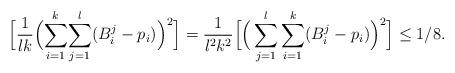
LaTeX: \begin{align*} \Big[ \frac{1}{lk} \Big( \underset{i=1}{\overset{k}{\sum}} \underset{j=1}{\overset{l}{\sum}} (B^j_i - p_i) \Big)^2 \Big] &= \frac{1}{l^2k^2}\Big[ \Big(\sum_{j=1}^l \sum_{i=1}^k (B_i^j - p_i) \Big)^2\Big] \leq 1/8.\end{align*}